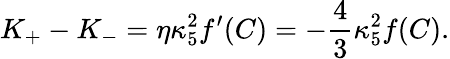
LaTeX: K_{+}-K_{-}=\eta\kappa_{5}^{2}f^{\prime}(C)=-{\frac{4}{3}}\kappa_{5}^{2}f(C).